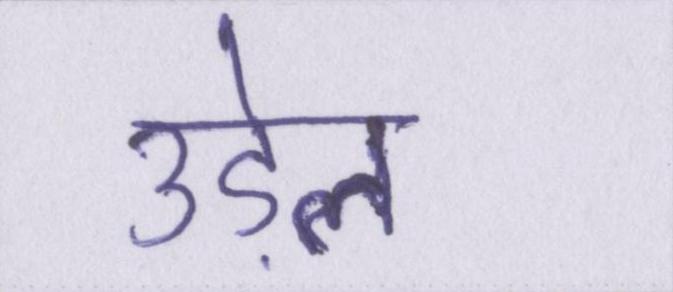
उड़ेल